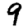
Digit: 9